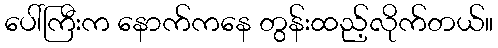
ပေါ်ကြီးက နောက်ကနေ တွန်းထည့်လိုက်တယ်။